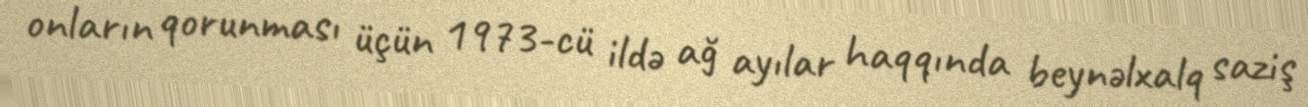
onların qorunması üçün 1973-cü ildə ağ ayılar haqqında beynəlxalq saziş